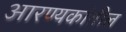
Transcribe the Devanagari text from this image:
आरण्यकांतील